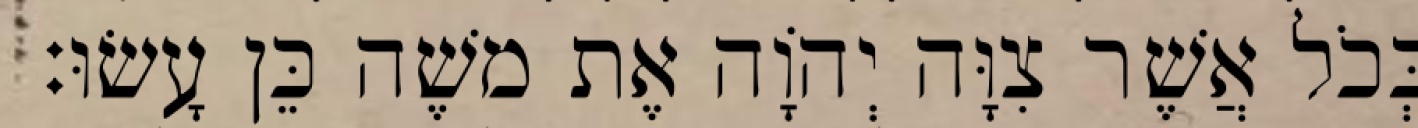
כְּכֹל אֲשֶׁר צִוָּה יְהוָֹה אֶת משֶׁה כֵּן עָשׂוּ׃